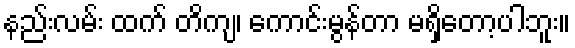
နည်းလမ်း ထက် တိကျ၊ ကောင်းမွန်တာ မရှိတော့ပါဘူး။